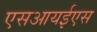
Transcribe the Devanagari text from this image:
एसआयईएस